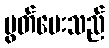
ပွတ်ပေးသည်